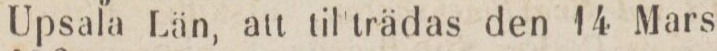
Upsala Län, att til trädas den 14 Mars